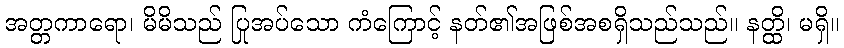
အတ္တကာရော၊ မိမိသည် ပြုအပ်သော ကံကြောင့် နတ်၏အဖြစ်အစရှိသည်သည်။ နတ္ထိ၊ မရှိ။